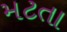
મટતા